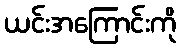
ယင်းအကြောင်းကို